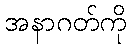
အနာဂတ်ကို